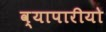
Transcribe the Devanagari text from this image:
व्यापारीयो